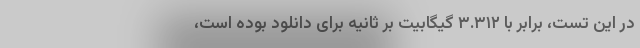
در این تست، برابر با ۳.۳۱۲ گیگابیت بر ثانیه برای دانلود بوده است،